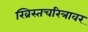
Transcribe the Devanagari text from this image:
ख्रिस्तचरित्रावर